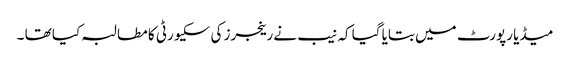
میڈیا رپورٹ میں بتایا گیا کہ نیب نے رینجرز کی سکیورٹی کا مطالبہ کیا تھا ۔